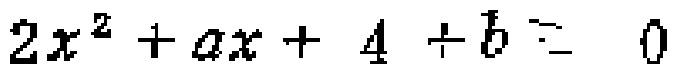
\(2x^{2}+ax + 4 + b = 0\)